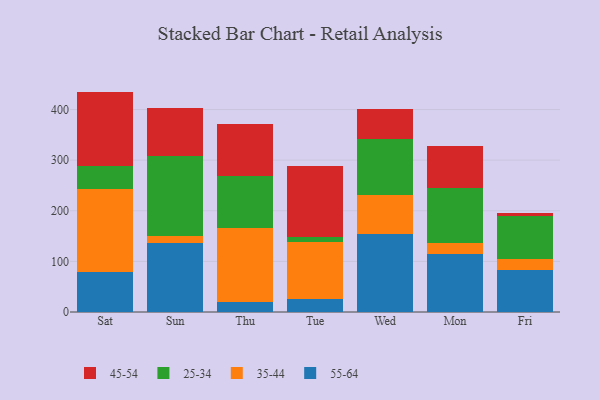
{"axis": {"x": "Day", "y": "Energy Usage (MWh)"}, "legend": ["25-34", "35-44", "45-54", "55-64"], "data": [{"x": "Sat", "y": 78.7, "type": "55-64"}, {"x": "Sat", "y": 165.2, "type": "35-44"}, {"x": "Sat", "y": 43.9, "type": "25-34"}, {"x": "Sat", "y": 147.6, "type": "45-54"}, {"x": "Sun", "y": 136.4, "type": "55-64"}, {"x": "Sun", "y": 14.3, "type": "35-44"}, {"x": "Sun", "y": 157.1, "type": "25-34"}, {"x": "Sun", "y": 96.0, "type": "45-54"}, {"x": "Thu", "y": 20.1, "type": "55-64"}, {"x": "Thu", "y": 146.2, "type": "35-44"}, {"x": "Thu", "y": 101.8, "type": "25-34"}, {"x": "Thu", "y": 103.3, "type": "45-54"}, {"x": "Tue", "y": 25.2, "type": "55-64"}, {"x": "Tue", "y": 113.6, "type": "35-44"}, {"x": "Tue", "y": 10.3, "type": "25-34"}, {"x": "Tue", "y": 138.7, "type": "45-54"}, {"x": "Wed", "y": 154.0, "type": "55-64"}, {"x": "Wed", "y": 76.7, "type": "35-44"}, {"x": "Wed", "y": 111.7, "type": "25-34"}, {"x": "Wed", "y": 58.4, "type": "45-54"}, {"x": "Mon", "y": 113.7, "type": "55-64"}, {"x": "Mon", "y": 23.6, "type": "35-44"}, {"x": "Mon", "y": 108.6, "type": "25-34"}, {"x": "Mon", "y": 81.6, "type": "45-54"}, {"x": "Fri", "y": 82.3, "type": "55-64"}, {"x": "Fri", "y": 22.4, "type": "35-44"}, {"x": "Fri", "y": 85.3, "type": "25-34"}, {"x": "Fri", "y": 6.1, "type": "45-54"}]}